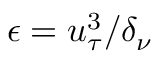
\epsilon = u _ { \tau } ^ { 3 } / \delta _ { \nu }